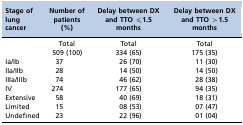
<table><thead><tr><td><b>Stage of lung cancer</b></td><td><b>Number of patients (%)</b></td><td><b>Delay between DX and TTO ≤1.5 months</b></td><td><b>Delay between DX and TTO &gt;1.5 months</b></td></tr></thead><tbody><tr><td></td><td>Total</td><td>Total</td><td>Total</td></tr><tr><td></td><td>509 (100)</td><td>334 (65)</td><td>175 (35)</td></tr><tr><td>Ia/Ib</td><td>37</td><td>26 (70)</td><td>11 (30)</td></tr><tr><td>IIa/IIb</td><td>28</td><td>14 (50)</td><td>14 (50)</td></tr><tr><td>IIIa/IIIb</td><td>74</td><td>46 (62)</td><td>28 (38)</td></tr><tr><td>IV</td><td>274</td><td>177 (65)</td><td>94 (35)</td></tr><tr><td>Extensive</td><td>58</td><td>40 (69)</td><td>18 (31)</td></tr><tr><td>Limited</td><td>15</td><td>08 (53)</td><td>07 (47)</td></tr><tr><td>Undefined</td><td>23</td><td>22 (96)</td><td>01 (04)</td></tr></tbody></table>